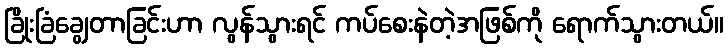
ခြိုးခြံချွေတာခြင်းဟာ လွန်သွားရင် ကပ်စေးနဲတဲ့အဖြစ်ကို ရောက်သွားတယ်။